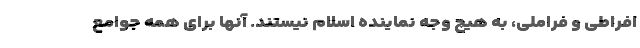
افراطی و فراملی، به هیچ وجه نماینده اسلام نیستند. آنها برای همه جوامع